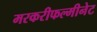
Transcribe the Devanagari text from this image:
मरकरीफल्मीनेट